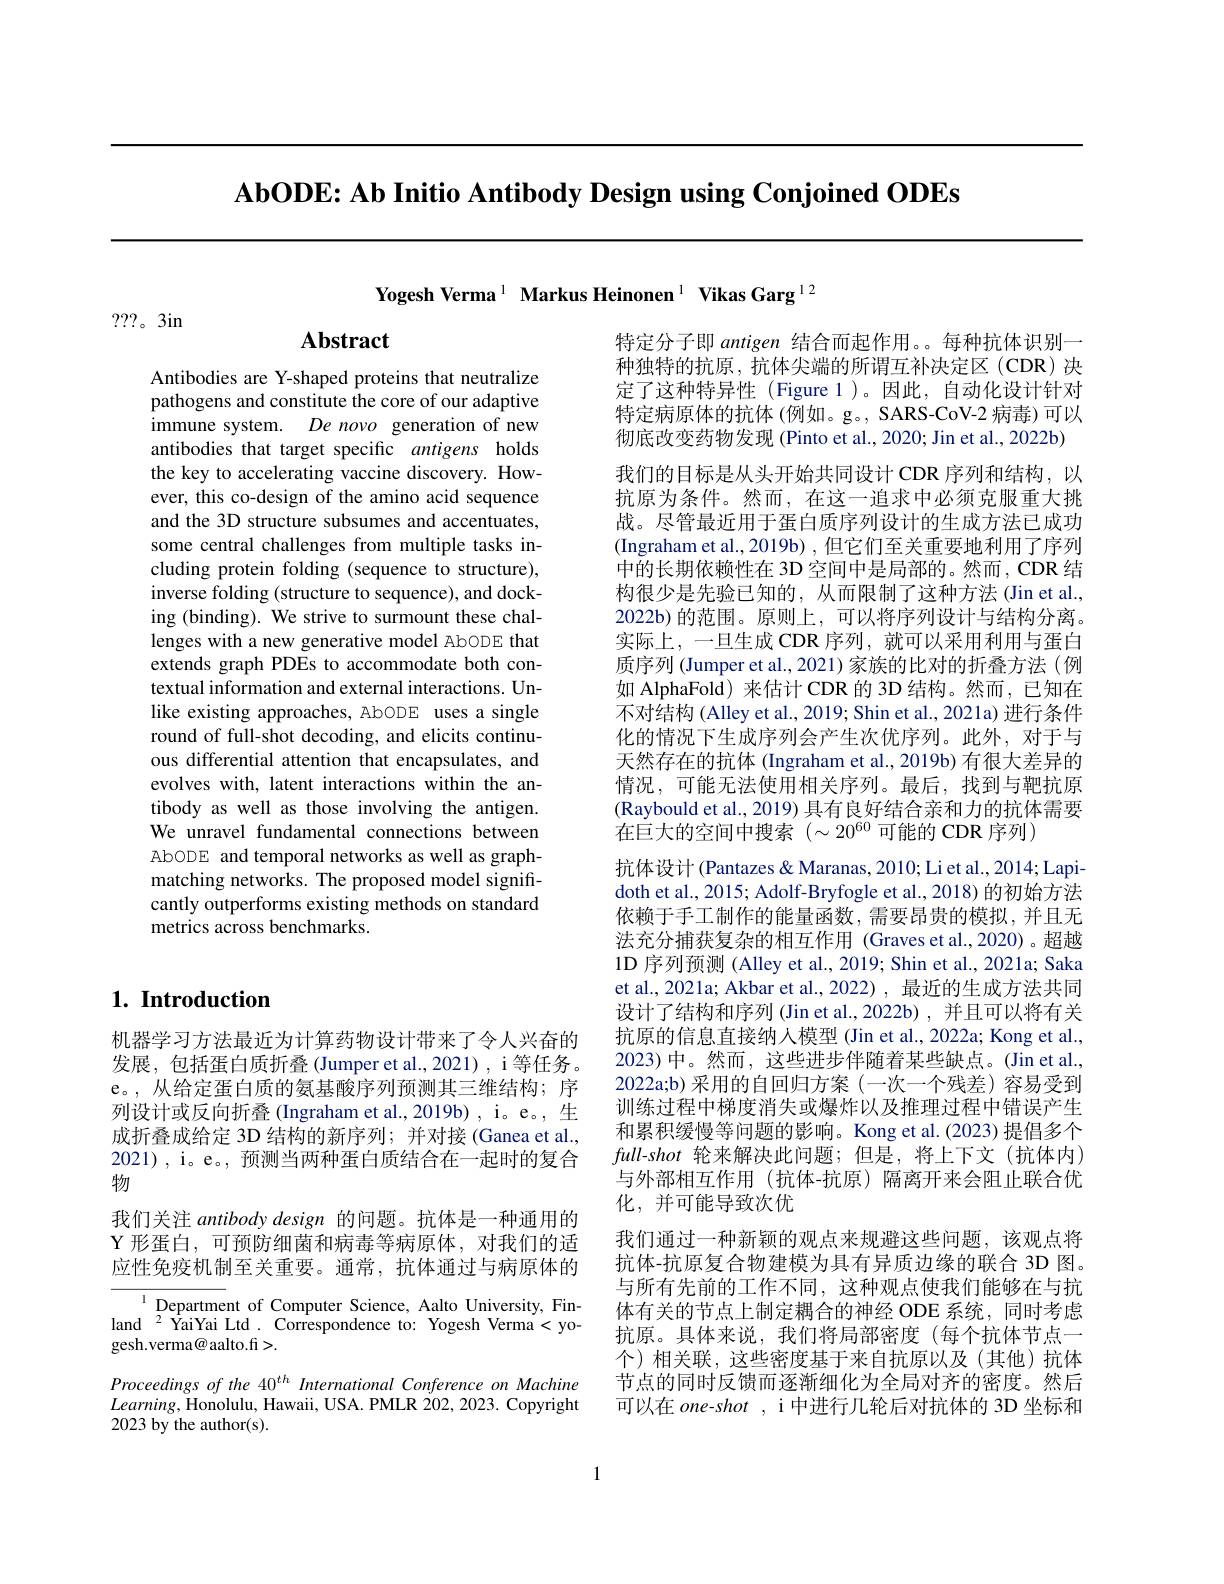
AbODE: Ab Initio Antibody De

Yogesh Verma$^{1}$ Markus He

???。3in

Abstract

Antibodies are Y-shaped proteins that neutralize pathogens and constitute the core of our adaptive immune system. De novo generation of new antibodies that target specific antigens holds the key to accelerating vaccine discovery. However, this co-design of the amino acid sequence and the 3D structure subsumes and accentuates, some central challenges from multiple tasks including protein folding (sequence to structure), inverse folding (structure to sequence), and docking (binding). We strive to surmount these challenges with a new generative model AbODE that extends graph PDEs to accommodate both contextual information and external interactions. Unlike existing approaches, AbODE uses a single round of full-shot decoding, and elicits continuous differential attention that encapsulates, and evolves with, latent interactions within the antibody as well as those involving the antigen. We unravel fundamental connections between AbODE and temporal networks matching networks. The proposed model significantly outperforms existing methods on standard metrics across benchmarks.

## $1. \textbf{ Introduction}$

机器学习方法最近为计算药物设计带来了令人兴奋的发展，包括蛋白质折叠(Jumper et al.,2021),i 等任务。e。,从给定蛋白质的氨基酸序列预测其三维结构；序列设计或反向折叠 (Ingraham et al.,2019b) , i。e。, 生成折叠成给定 3D 结构的新序列；并对接 (Ganea et al., 2021) , i。e。, 预测当两种蛋白质结合在一起时的复合物
我们关注 antibody design 的问题。抗体是一种通用的Y 形蛋白，可预防细菌和病毒等病原体，对我们的适应性免疫机制至关重要。通常，抗体通过与病原体的

$^{1}$Department of Computer Science, Aalto University, Finland$^{2}$YaiYai Ltd.Corre gesh.verma@aalto.fi>.
Proceedings of the 40$^{th}$ International Conference on Machine $Learning$,Honolulu, Hawaii, USA. PMLR 202, 2023. Copyright 2023 by the author(s).

特定分子即 antigen 结合而起作用。每种抗体识别一种独特的抗原，抗体尖端的所谓互补决定区(CDR)决定了这种特异性(Figure 1)。因此，自动化设计针对特定病原体的抗体(例如。g。, SARS-CoV-2 病毒)可以彻底改变药物发现 (Pinto et al., 2020; Jin et al., 2022b) 我们的目标是从头开始共同设计 CDR 序列和结构，以抗原为条件。然而，在这一追求中必须克服重大挑战。尽管最近用于蛋白质序列设计的生成方法已成功$\left(\mathrm{Ingraham~et~al.,2019b)~,~}\text{但它们至关重要地利用了序列}\right)$ 中的长期依赖性在 3D 空间中是局部的。然而 , CDR 结构很少是先验已知的，从而限制了这种方法(Jin et al., 2022b)的范围。原则上，可以将序列设计与结构分离。实际上，一旦生成 CDR 序列，就可以采用利用与蛋白质序列 (Jumper et al., 2021) 家族的比对的折叠方法 (例如 AlphaFold)来估计 CDR 的 3D 结构。然而，已知在不对结构 (Alley et al., 2019; Shin et al., 2021a) 进行条件化的情况下生成序列会产生次优序列。此外，对于与天然存在的抗体 (Ingraham et al., 2019b) 有很大差异的情况，可能无法使用相关序列。最后，找到与靶抗原(Raybould et al., 2019) 具有良好结合亲和力的抗体需要在巨大的空间中搜索 $(\sim20^{60}$ 可能的 CDR 序列)
抗体设计 (Pantazes & Maranas, 2010; Li et al., 2014; Lapidoth et al., 2015; Adolf-Bryfogle et al., 2018) 的初始方法依赖于手工制作的能量函数，需要昂贵的模拟，并且无法充分捕获复杂的相互作用 (Graves et al.,2020)。超越1D 序列预测 (Alley et al., 2019; Shin et al., 2021a; Saka et al., 2021a; Akbar et al., 2022), 最近的生成方法共同设计了结构和序列 (Jin et al.,2022b) ,并且可以将有关抗原的信息直接纳人模型 (Jin et al., 2022a; Kong et al., 2023) 中。然而 , 这些进步伴随着某些缺点。(Jin et al. 2022a;b)采用的自回归方案(一次一个残差)容易受到训练过程中梯度消失或爆炸以及推理过程中错误产生和累积缓慢等问题的影响。Kong et al.(2023) 提倡多个$full-shot$轮来解决此问题；但是，将上下文(抗体内) 与外部相互作用 (抗体-抗原) 隔离开来会阻止联合优化，并可能导致次优
我们通过一种新颖的观点来规避这些问题，该观点将抗体-抗原复合物建模为具有异质边缘的联合 3D 图。与所有先前的工作不同，这种观点使我们能够在与抗体有关的节点上制定耦合的神经 ODE 系统，同时考虑抗原。具体来说，我们将局部密度(每个抗体节点一个)相关联，这些密度基于来自抗原以及(其他)抗体节点的同时反馈而逐渐细化为全局对齐的密度。然后可以在$one-shot$ , i 中进行几轮后对抗体的 3D 坐标和

1